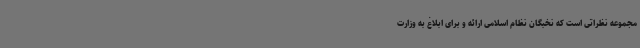
مجموعه نظراتی است که نخبگان نظام اسلامی ارائه و برای ابلاغ به وزارت